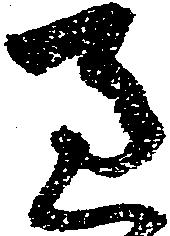
過